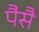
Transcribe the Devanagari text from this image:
पैसै